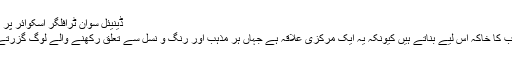
ڈینیئل سوان ٹرافلگر اسکوائر پر ایدھی
صاحب کا خاکہ اس لیے بناتے ہیں کیونکہ یہ ایک مرکزی علاقہ ہے جہاں ہر مذہب اور رنگ و نسل سے تعلق رکھنے والے لوگ گزرتے ہیں۔